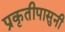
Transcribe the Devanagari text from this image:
प्रकृतीपासुनी